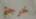
خرجتم